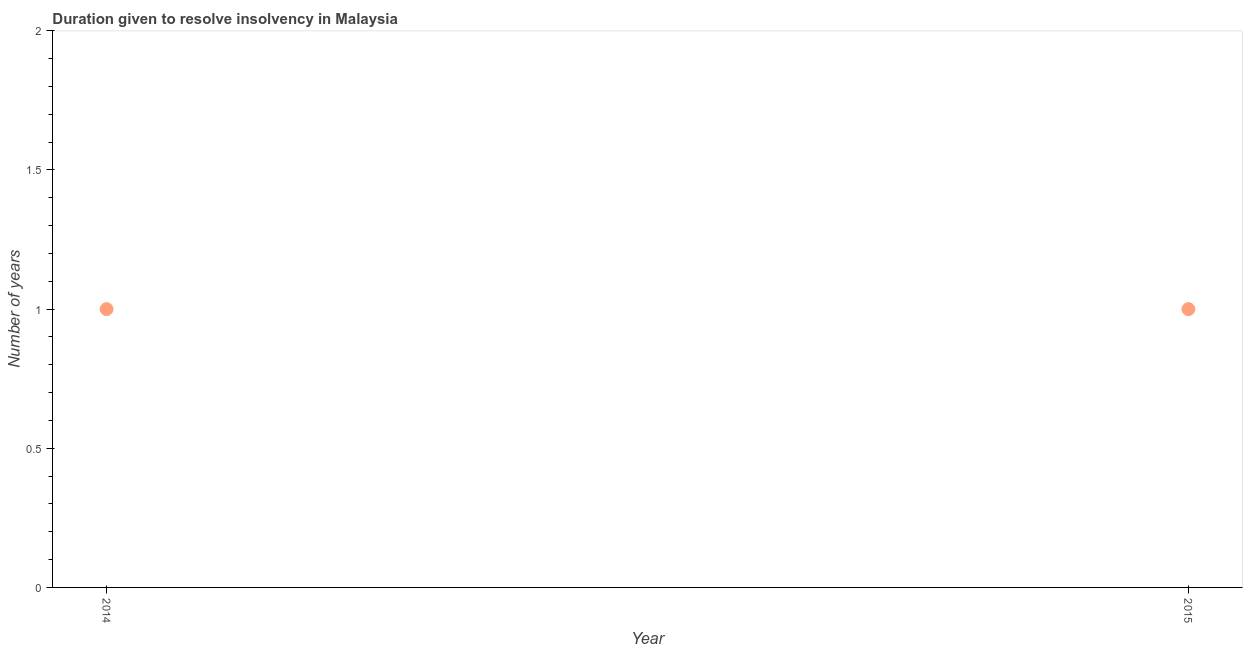
| Year | Resolve insolvency |
 | --- | --- |
 | 2014 | 1 |
 | 2015 | 1 |